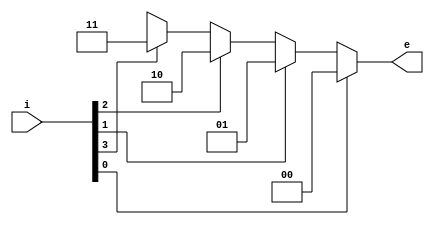
module encoder_4to2_if_default(i, e);
	input [3:0] i;
	output [1:0] e;
	reg [1:0] e;
	
	always @(*) begin
	if (i[0]) e = 2'b00;
	else if (i[1]) e = 2'b01;
	else if (i[2]) e = 2'b10;
	else if (i[3]) e = 2'b11;
	else e = 2'bxx;
	end
endmodule